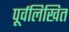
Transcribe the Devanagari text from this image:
पूर्वलिखित